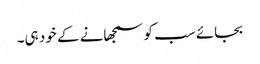
بجائے سب کو سمجھانے کے خود ہی۔